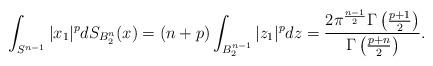
LaTeX: \begin{align*}\int_{S^{n-1}}|x_1|^p dS_{B_2^n}(x)=(n+p)\int_{B_2^{n-1}}|z_1|^pdz=\frac{2\pi^\frac{n-1}{2}\Gamma\left(\frac{p+1}{2}\right)}{\Gamma\left(\frac{p+n}{2}\right)}.\end{align*}